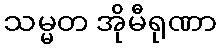
သမ္မတ အိုမီရုဏာ